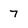
Character: 7